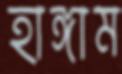
হাঙ্গাম